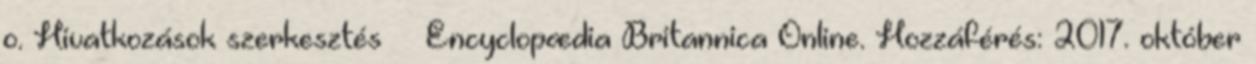
o. Hivatkozások szerkesztés ↑ Encyclopædia Britannica Online. Hozzáférés: 2017. október